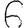
Digit: 6